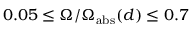
0 . 0 5 \leq \Omega / \Omega _ { \mathrm { a b s } } ( d ) \leq 0 . 7